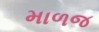
માળજ